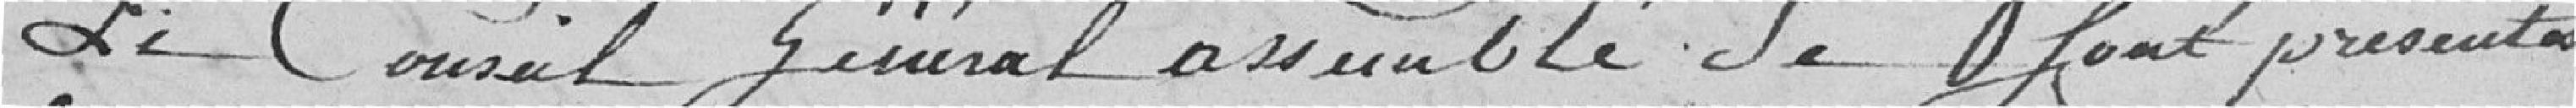
Le Conseil Général assemblé se sont présentés